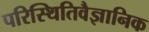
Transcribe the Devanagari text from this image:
परिस्थितिवैज्ञानिक